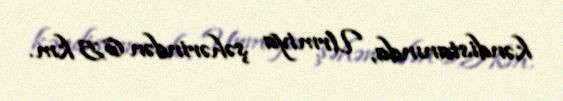
kəndistanında, Urmiya şəhərindən 6,5 km.